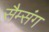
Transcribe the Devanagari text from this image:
सैम्संग